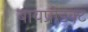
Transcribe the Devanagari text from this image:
बायप्रोडक्ट